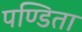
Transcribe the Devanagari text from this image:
पण्डिता